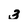
Character: 3